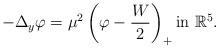
LaTeX: \begin{align*}-\Delta_{y} \varphi=\mu^{2}\left(\varphi-\frac{W}{2} \right)_{+}\textrm{in}\ \mathbb{R}^{5}.\end{align*}